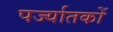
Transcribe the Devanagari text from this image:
पर्ज्यातकों